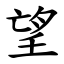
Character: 望